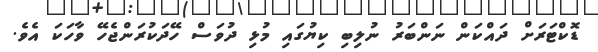
ޑޮކްޓަރަށް ދައްކަން ނަންބަރު ނުލިބި ކިޔުގައި މުޅި ދުވަސް ހޭދަކުރަންޖެހޭ ވާހަކަ އެވެ.